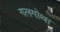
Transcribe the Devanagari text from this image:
गलगोथा